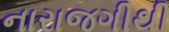
નારાજગીથી